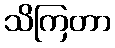
သိကြတာ